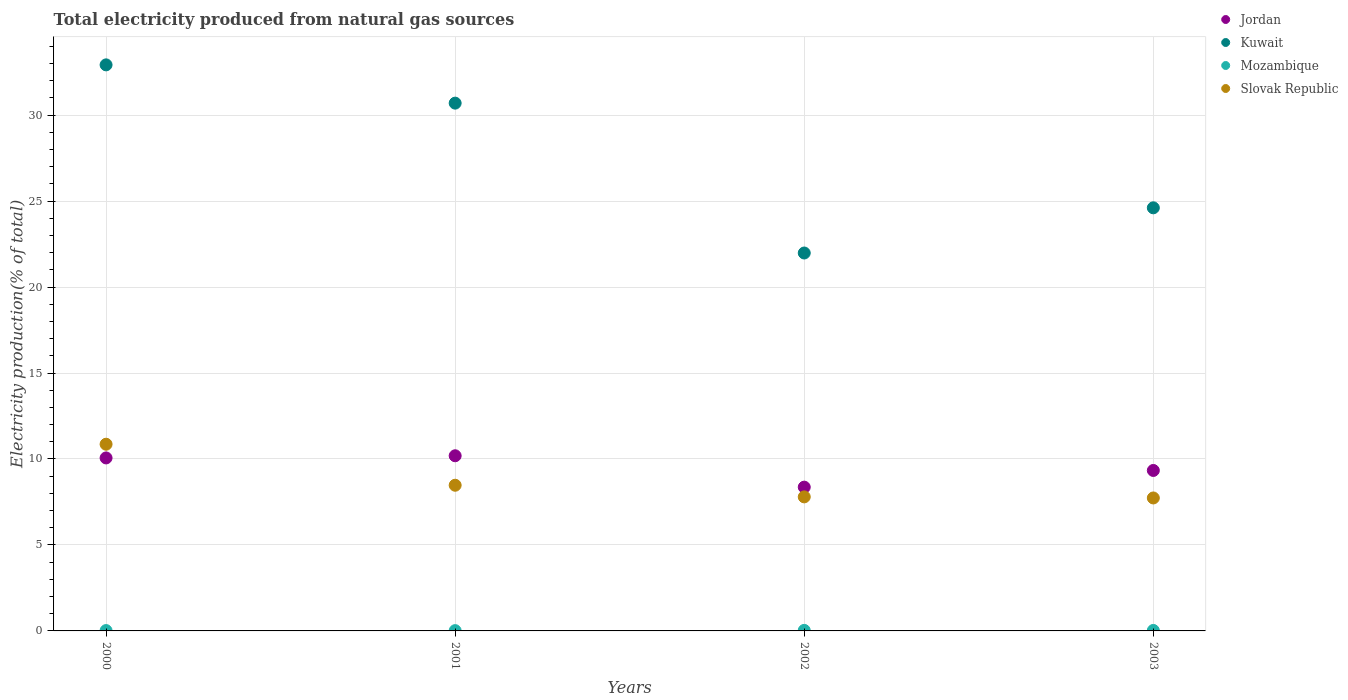
| Years | Jordan | Kuwait | Mozambique | Slovak Republic |
 | --- | --- | --- | --- | --- |
 | 2000 | 10.1 | 32.9 | 0.0206 | 10.9 |
 | 2001 | 10.2 | 30.7 | 0.0168 | 8.47 |
 | 2002 | 8.36 | 22 | 0.0315 | 7.8 |
 | 2003 | 9.33 | 24.6 | 0.0275 | 7.73 |